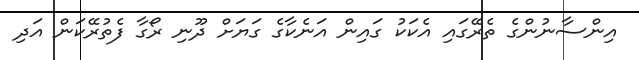
އިންސާނުންގެ ތެރޭގައި އެކަކު ގައިން އަނެކާގެ ގަޔަށް ދޫނި ރޯގާ ފެތުރޭކަން އަދި